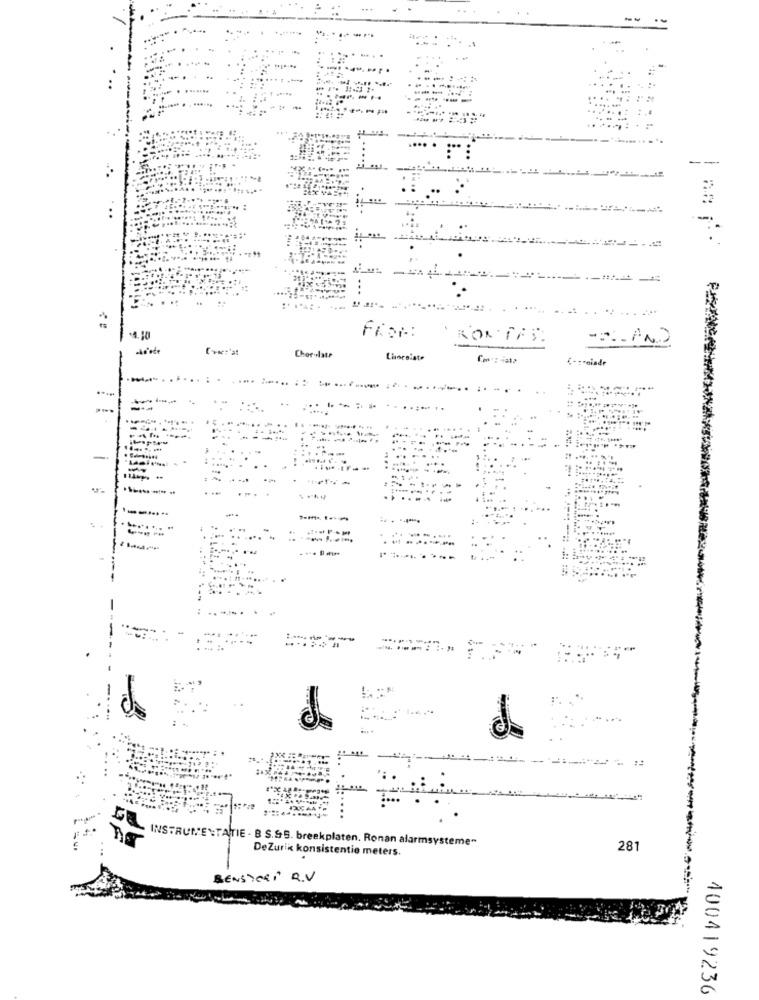
1.
----
....
1. 1. 11
-4. 10
fier:
PRONTAS.
Chocolate
€-sreiade
....
......
-------
INSTRUMENTATIE - B S.S.S. breekplaten. Ronan alarmsysteme"
DeZurik konsistentie meters.
281
BENSTORI R.V
400419236